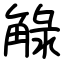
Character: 觮